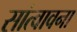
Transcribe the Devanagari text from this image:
सांत्वावना